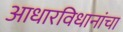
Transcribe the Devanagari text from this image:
आधारविधानांचा